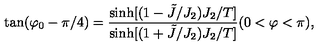
\tan ( \varphi _ { 0 } - \pi / 4 ) = { \frac { \sinh [ ( 1 - \tilde { J } / J _ { 2 } ) J _ { 2 } / T ] } { \sinh [ ( 1 + \tilde { J } / J _ { 2 } ) J _ { 2 } / T ] } } ( 0 < \varphi < \pi ) ,